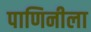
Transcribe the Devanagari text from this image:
पाणिनीला